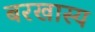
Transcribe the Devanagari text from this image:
बरखास्य